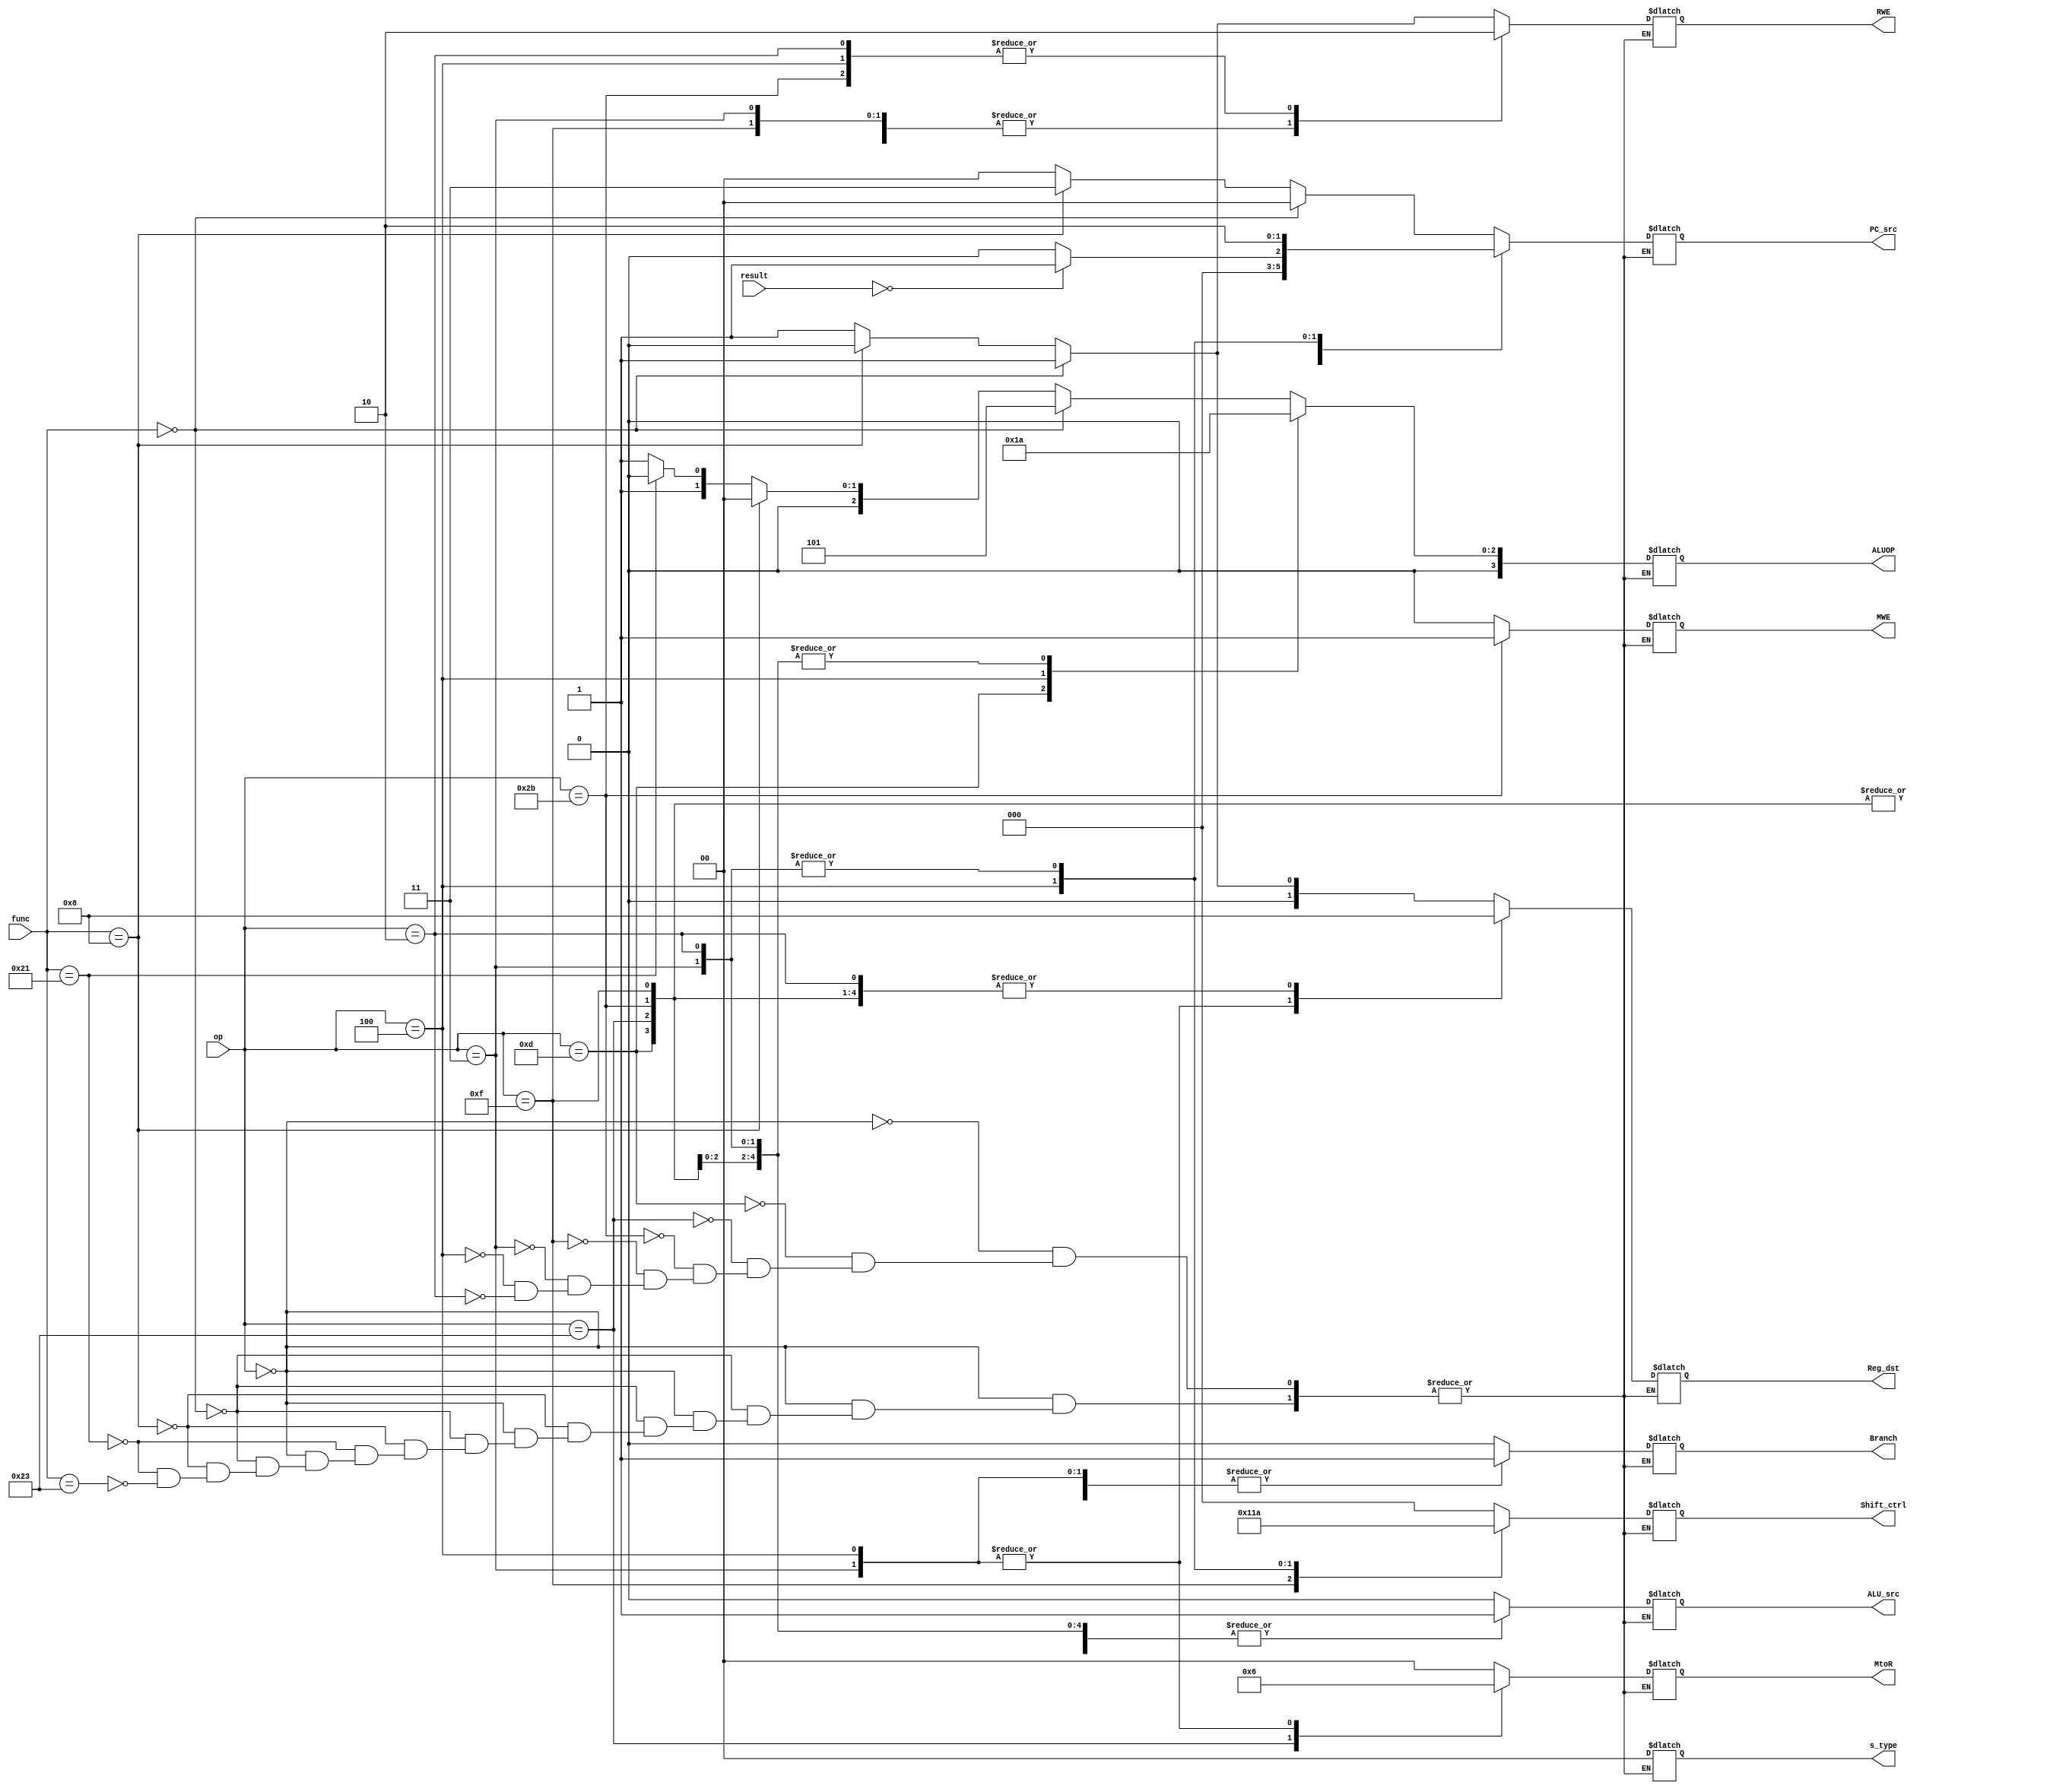
`timescale 1ns / 1ps
//////////////////////////////////////////////////////////////////////////////////
// Company: 
// Engineer: 
// 
// Design Name: 
// Module Name:    Control_Unit 
// Project Name: 
// Target Devices: 
// Tool versions: 
// Description: 
//
// Dependencies: 
//
// Revision: 
// Revision 0.01 - File Created
// Additional Comments: 
//
//////////////////////////////////////////////////////////////////////////////////
module Control_Unit(
    input [5:0] op,
    input [5:0] func,
    output reg [1:0] Reg_dst,
    output reg [3:0] ALUOP,
    output reg [1:0] MtoR,
    output reg [1:0] s_type,
    output reg ALU_src,
    output reg Branch,
    output reg [2:0] Shift_ctrl,
    output reg RWE,
    output reg MWE,
	 output reg [1:0] PC_src,
	 input [31:0] result
    );
always@(*) begin
	case(op)
		0:	begin
			if(func == 0) begin				// nop or sll
				Reg_dst = 1;
				ALUOP = 5;						// sll
				MtoR = 0;
				s_type = 0;
				ALU_src = 0;
				Branch = 0;
				Shift_ctrl = 0;
				RWE = 1;
				MWE = 0;
				PC_src = 0;
			end
			else if(func == 8)	begin			//jr
				Reg_dst = 0;
				ALUOP = 0;					
				MtoR = 0;
				s_type = 0;
				ALU_src = 0;
				Branch = 0;
				Shift_ctrl = 0;
				RWE = 0;
				MWE = 0;
				PC_src = 3;
			end
			else if(func == 33) begin		//addu
				Reg_dst = 1;
				ALUOP = 2;
				MtoR = 0;
				s_type = 0;
				ALU_src = 0;
				Branch = 0;
				Shift_ctrl = 0;
				RWE = 1;
				MWE = 0;
				PC_src = 0;
			end
			else if(func == 35) begin		//subu
				Reg_dst = 1;
				ALUOP = 3;
				MtoR = 0;
				s_type = 0;
				ALU_src = 0;
				Branch = 0;
				Shift_ctrl = 0;
				RWE = 1;
				MWE = 0;
				PC_src = 0;
			end
		end
		13: begin								//ori
			Reg_dst = 0;
			ALUOP = 0;
			MtoR = 0;
			s_type = 0;
			ALU_src = 1;
			Branch = 0;
			Shift_ctrl = 0;
			RWE = 1;
			MWE = 0;
			PC_src = 0;
		end
		35: begin								//lw
			Reg_dst = 0;
			ALUOP = 2;
			MtoR = 1;
			s_type = 0;
			ALU_src = 1;
			Branch = 0;
			Shift_ctrl = 0;
			RWE = 1;
			MWE = 0;
			PC_src = 0;
		end
		6'b101011: begin								//sw
			Reg_dst = 0;
			ALUOP = 2;
			MtoR = 0;
			s_type = 0;
			ALU_src = 1;
			Branch = 0;
			Shift_ctrl = 0;
			RWE = 0;
			MWE = 1;
			PC_src = 0;
		end
		6'b001111: begin								//lui
			Reg_dst = 0;
			ALUOP = 2;
			MtoR = 0;
			s_type = 0;
			ALU_src = 1;
			Branch = 1;
			Shift_ctrl = 4;
			RWE = 1;
			MWE = 0;
			PC_src = 0;
		end
		6'b000011: begin								//jal
			Reg_dst = 2;
			ALUOP = 2;
			MtoR = 2;
			s_type = 0;
			ALU_src = 1;
			Branch = 1;
			Shift_ctrl = 2;
			RWE = 1;
			MWE = 0;
			PC_src = 2;
		end
		6'b000100: begin								//beq
			Reg_dst = 2;
			ALUOP = 3;
			MtoR = 2;
			s_type = 0;
			ALU_src = 0;
			Branch = 1;
			Shift_ctrl = 3;
			RWE = 0;
			MWE = 0;
			if(result == 0)
				PC_src = 1;
			else
				PC_src = 0;
		end
		6'b000010: begin								//j
			Reg_dst = 0;
			ALUOP = 2;
			MtoR = 0;
			s_type = 0;
			ALU_src = 1;
			Branch = 0;
			Shift_ctrl = 2;
			RWE = 0;
			MWE = 0;
			PC_src = 2;
		end
	endcase
end
endmodule